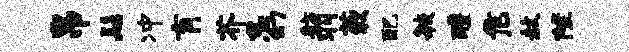
帛髻冲肓芥怠幻舫羽蔌配敏醴危赦陛